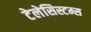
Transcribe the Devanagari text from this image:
टेलेसिस्टम्स